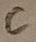
Text: C